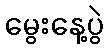
မွေးနေ့ပွဲ